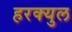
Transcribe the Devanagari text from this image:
हरक्युल